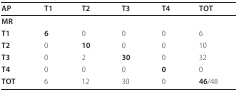
| AP | T1 | T2 | T3 | T4 | TOT |
 | --- | --- | --- | --- | --- | --- |
 | MR |  |  |  |  |  |
 | T1 | 6 | 0 | 0 | 0 | 6 |
 | T2 | 0 | 10 | 0 | 0 | 10 |
 | T3 | 0 | 2 | 30 | 0 | 32 |
 | T4 | 0 | 0 | 0 | 0 | 0 |
 | TOT | 6 | 12 | 30 | 0 | 46/48 |